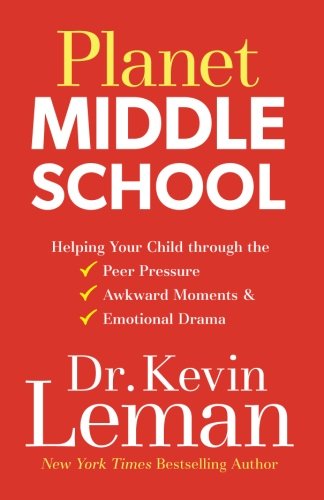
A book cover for Planet Middle School: Helping Your Child through the Peer Pressure, Awkward Moments & Emotional Drama; Dr. Kevin Leman; Parenting & Relationships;